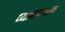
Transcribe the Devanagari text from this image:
ध्यानान्तरण